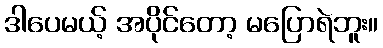
ဒါပေမယ့် အပိုင်တော့ မပြောရဲဘူး။